Annual administration and progress report of the Indian Medical Department, Bombay
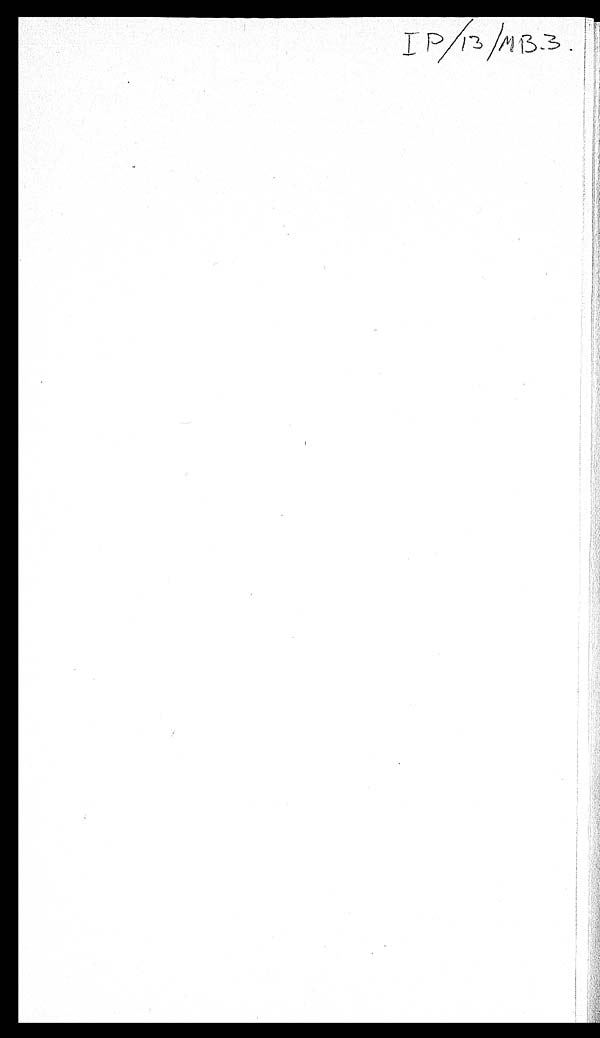
IP/13/MB.3.